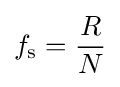
f_{\text{s}}={R \over N}